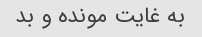
به غایت مونده و بد